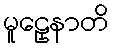
မူဠှေနာတိ